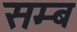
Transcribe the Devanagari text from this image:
सम्ब